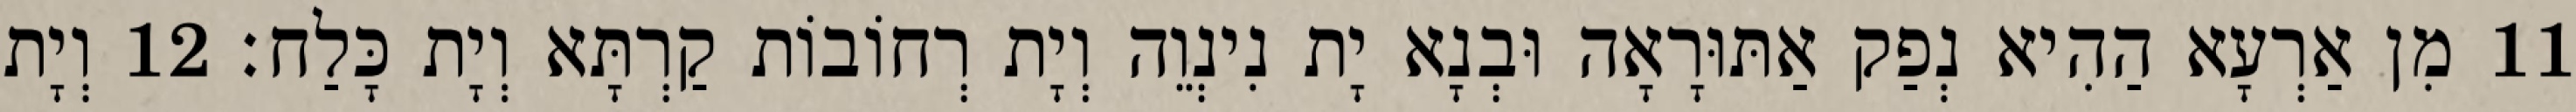
11 מִן אַרְעָא הַהִיא נְפַק אַתּוּרָאָה וּבְנָא יָת נִינְוֵה וְיָת רְחוֹבוֹת קַרְתָּא וְיָת כָּלַח׃ 12 וְיָת